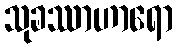
သုခဿာဟာရော